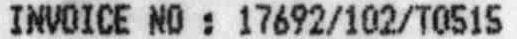
INVOICE NO : 17692/102/T0515